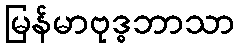
မြန်မာဗုဒ္ဓဘာသာ